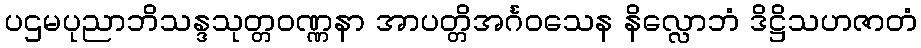
ပဌမပုညာဘိသန္ဒသုတ္တဝဏ္ဏနာ အာပတ္တိအင်္ဂဝသေန နိလ္လောဘံ ဒိဋ္ဌိသဟဇာတံ